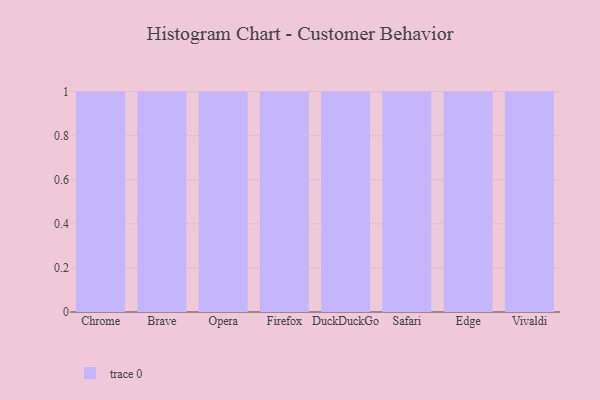
{"axis": {"x": "Browser", "y": "Waste Production (Tons)"}, "legend": [""], "data": [{"x": "Chrome", "y": 27, "type": ""}, {"x": "Brave", "y": 95, "type": ""}, {"x": "Opera", "y": 39, "type": ""}, {"x": "Firefox", "y": 24, "type": ""}, {"x": "DuckDuckGo", "y": 11, "type": ""}, {"x": "Safari", "y": 90, "type": ""}, {"x": "Edge", "y": 56, "type": ""}, {"x": "Vivaldi", "y": 37, "type": ""}]}